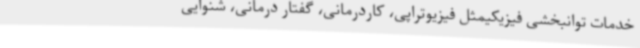
خدمات توانبخشی فیزیکیمثل فیزیوتراپی، کاردرمانی، گفتار درمانی، شنوایی